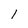
Character: l